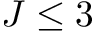
J \le 3